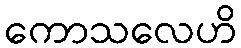
ကောသလေဟိ